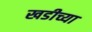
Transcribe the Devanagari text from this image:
खडीच्या